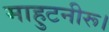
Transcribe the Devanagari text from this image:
माहुटनीरू।